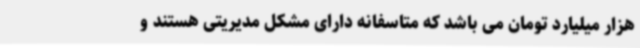
هزار میلیارد تومان می باشد که متاسفانه دارای مشکل مدیریتی هستند و